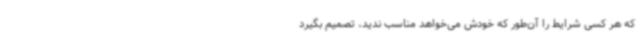
که هر کسی شرایط را آن‌طور که خودش می‌خواهد مناسب ندید، تصمیم بگیرد